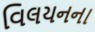
વિલયનના